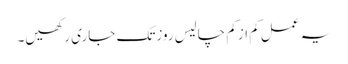
یہ عمل کم ازکم چالیس روزتک جاری رکھیں۔